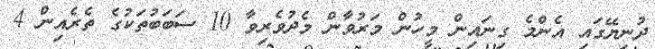
ދުނިޔޭގައި އެންމެ ގިނައިން މީހުން މަރުވާން މެދުވެރިވާ 10 ސަބަބުތަކުގެ ތެރެއިން 4